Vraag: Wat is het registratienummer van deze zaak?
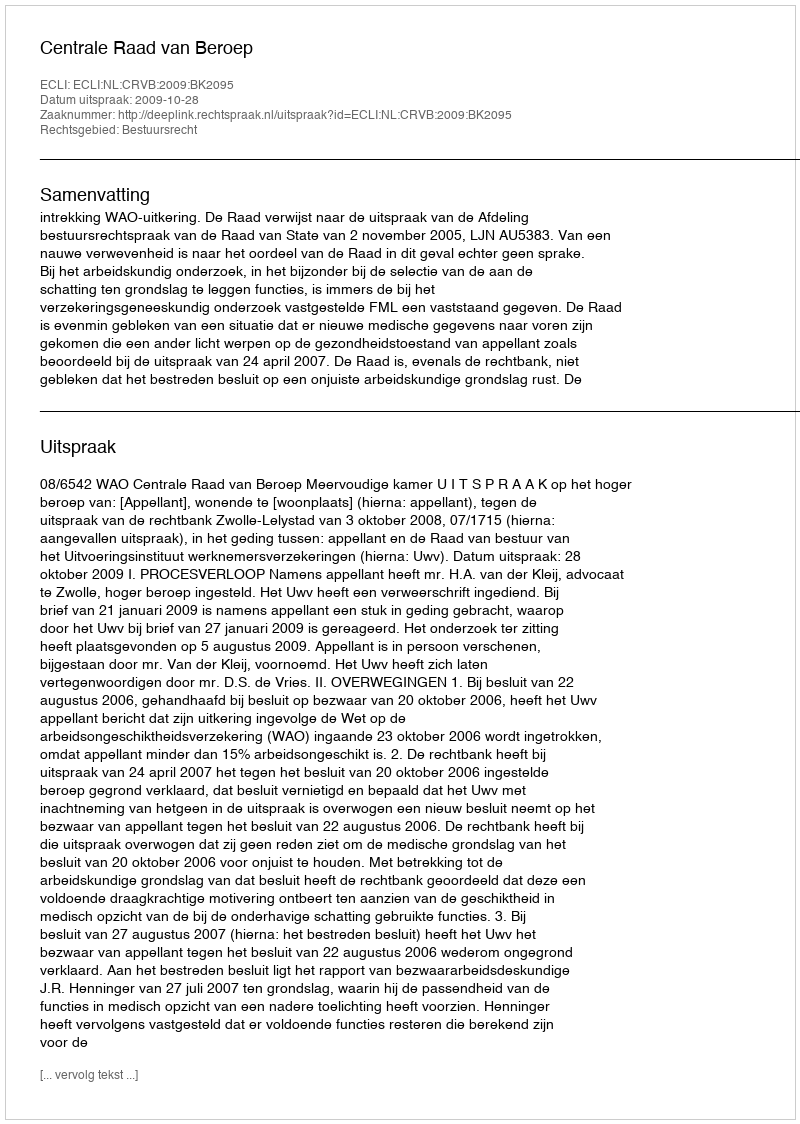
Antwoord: http://deeplink.rechtspraak.nl/uitspraak?id=ECLI:NL:CRVB:2009:BK2095